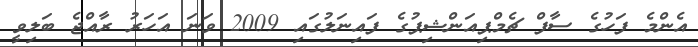
އެންމެ ފަހުގެ ސާފް ޗެމްޕިއަންޝިޕުގެ ފައިނަލުގައި 2009 ވަނަ އަހަރު ރާއްޖެ ބަލިވީ